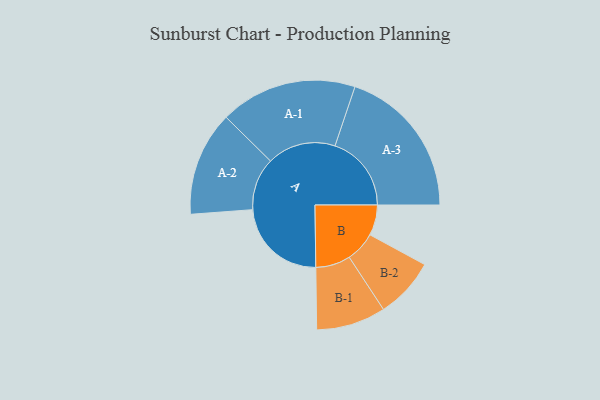
{"axis": {"x": "Segment", "y": "Value"}, "legend": ["", "A", "B"], "data": [{"x": "A", "y": 343, "type": ""}, {"x": "B", "y": 113, "type": ""}, {"x": "A-1", "y": 254, "type": "A"}, {"x": "A-2", "y": 194, "type": "A"}, {"x": "A-3", "y": 283, "type": "A"}, {"x": "B-1", "y": 129, "type": "B"}, {"x": "B-2", "y": 112, "type": "B"}]}